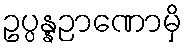
ဥပ္ပန္နဉာဏောမှိ